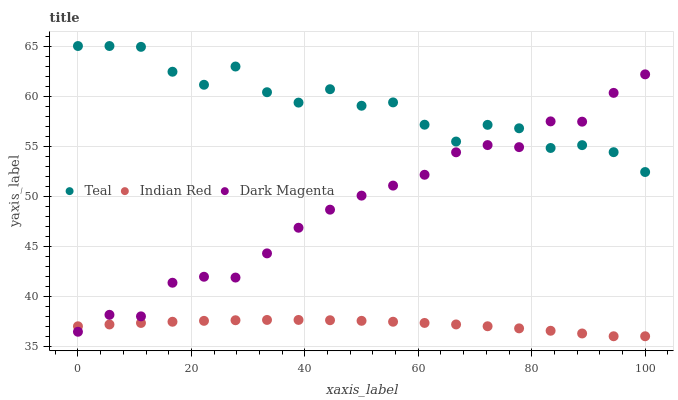
| xaxis_label | Teal | Indian Red | Dark Magenta |
 | --- | --- | --- | --- |
 | 0 | 65 | 37 | 36.4 |
 | 5.56 | 65 | 37.2 | 38.1 |
 | 11.1 | 64.9 | 37.3 | 38 |
 | 16.7 | 62.4 | 37.4 | 41.3 |
 | 22.2 | 61.1 | 37.5 | 41.9 |
 | 27.8 | 63 | 37.6 | 41.9 |
 | 33.3 | 60.4 | 37.6 | 44.3 |
 | 38.9 | 59.3 | 37.6 | 46.8 |
 | 44.4 | 60.7 | 37.6 | 48.6 |
 | 50 | 59 | 37.5 | 50.1 |
 | 55.6 | 59.4 | 37.5 | 51.1 |
 | 61.1 | 57.1 | 37.3 | 52.1 |
 | 66.7 | 55.5 | 37.2 | 54.4 |
 | 72.2 | 57.1 | 37 | 55.1 |
 | 77.8 | 56.8 | 36.8 | 54.9 |
 | 83.3 | 54.8 | 36.5 | 57.5 |
 | 88.9 | 55.1 | 36.3 | 57.4 |
 | 94.4 | 54.4 | 36 | 60.3 |
 | 100 | 52.4 | 36 | 62.2 |